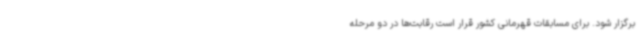
برگزار شود. برای مسابقات قهرمانی کشور قرار است رقابت‌ها در دو مرحله